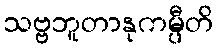
သဗ္ဗဘူတာနုကမ္ပီတိ